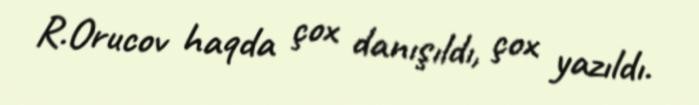
R.Orucov haqda çox danışıldı, çox yazıldı.